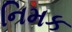
નિમક